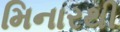
મિનારથી